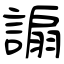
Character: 謆